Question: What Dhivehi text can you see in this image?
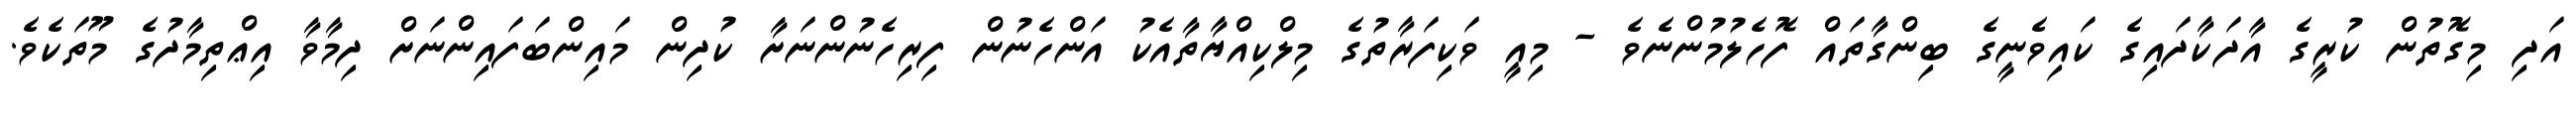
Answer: އަދި މިގޮތުން ކުރީގެ އާދަކާދައިގެ ކައިވެނީގެ ބިންގާތައް ފޮހެލުމުންނެވެ - މިއީ ވަކިފަރާތުގެ މިލްކިއްޔާތާއެކު އަންހެނުން ފިރިހެނުންނަށާ ކުދިން މައިންބަފައިންނަށް ދިމާވާ އިޢްތިމާދުގެ މޫތަކެވެ.